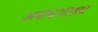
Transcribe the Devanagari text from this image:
अनाथआश्रम